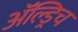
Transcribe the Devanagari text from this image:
ॲल्ड्रिच